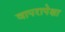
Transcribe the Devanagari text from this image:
वापरापेक्षा